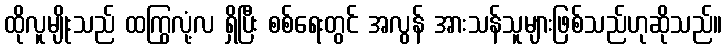
ထိုလူမျိုးသည် ထကြွလုံ့လ ရှိပြီး စစ်ရေးတွင် အလွန် အားသန်သူများဖြစ်သည်ဟုဆိုသည်။